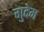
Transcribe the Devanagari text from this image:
गुदेम